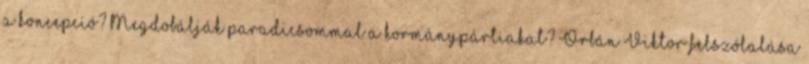
a koncepció? Megdobálják paradicsommal a kormánypártiakat? Orbán Viktor felszólalása